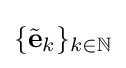
\{{\tilde {\mathbf {e} }}_{k}\}_{k\in \mathbb {N} }